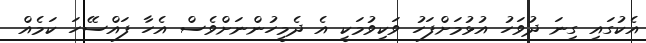
އެކުގައި ގިނަ ދުވަހު އުޅުމަށްފަހު ވަކިވުމަކީ އެ ދެމީހުންނަށްވެސް އެހާ ފައްސޭހަ ކަމެއް